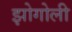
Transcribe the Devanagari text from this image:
झोगोली